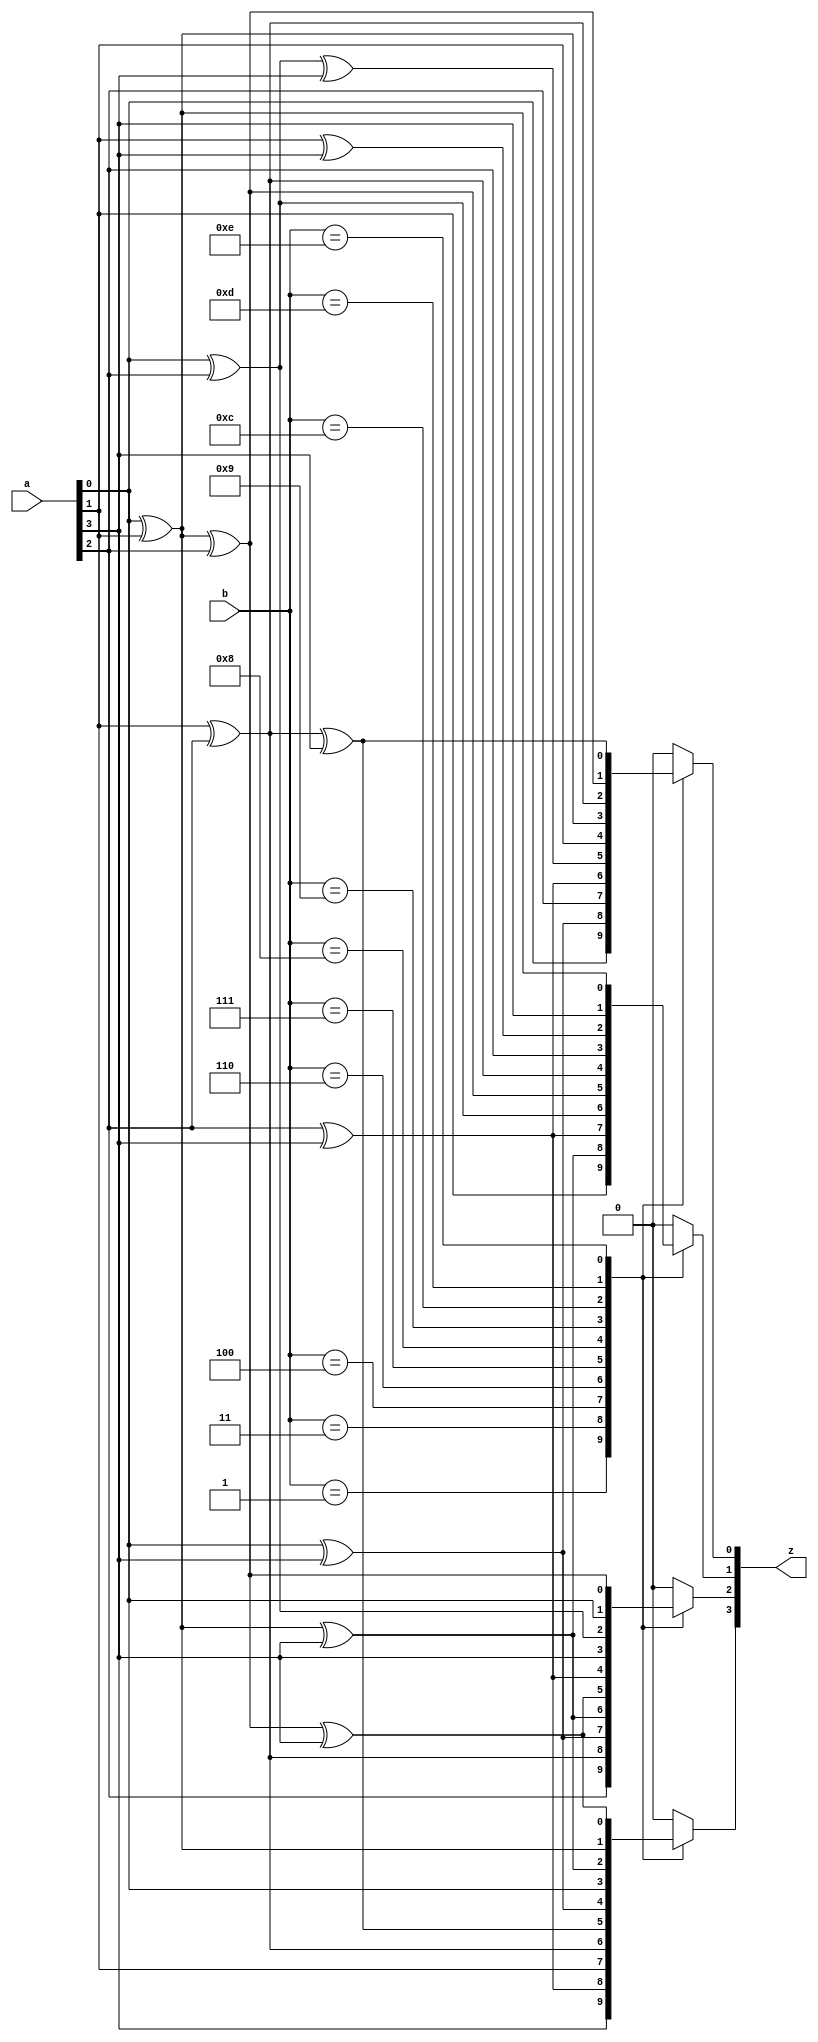
module gf16mul(
    input       [3:0] a,
    input       [3:0] b,
    output  reg [3:0] z
);
always @(*)
begin
    case (b)
        4'd1:
            begin
                z[0] = a[0];
                z[1] = a[1];
                z[2] = a[2];
                z[3] = a[3];
            end
        4'd3:
            begin
                z[0] = a[0] ^ a[3];
                z[1] = a[0] ^ a[1] ^ a[3];
                z[2] = a[1] ^ a[2];
                z[3] = a[2] ^ a[3];
            end
        4'd4:
            begin
                z[0] = a[2];
                z[1] = a[2] ^ a[3];
                z[2] = a[0] ^ a[3];
                z[3] = a[1];
            end
        4'd6:
            begin
                z[0] = a[2] ^ a[3];
                z[1] = a[0] ^ a[2];
                z[2] = a[0] ^ a[1] ^ a[3];
                z[3] = a[1] ^ a[2];
            end
        4'd7:
            begin
                z[0] = a[0] ^ a[2] ^ a[3];
                z[1] = a[0] ^ a[1] ^ a[2];
                z[2] = a[0] ^ a[1] ^ a[2] ^ a[3];
                z[3] = a[1] ^ a[2] ^ a[3];
            end
        4'd8:
            begin
                z[0] = a[1];
                z[1] = a[1] ^ a[2];
                z[2] = a[2] ^ a[3];
                z[3] = a[0] ^ a[3];
            end
        4'd9:
            begin
                z[0] = a[0] ^ a[1];
                z[1] = a[2];
                z[2] = a[3];
                z[3] = a[0];
            end
        4'd12:
            begin
                z[0] = a[1] ^ a[2];
                z[1] = a[1] ^ a[3];
                z[2] = a[0] ^ a[2];
                z[3] = a[0] ^ a[1] ^ a[3];
            end
        4'd13:
            begin
                z[0] = a[0] ^ a[1] ^ a[2];
                z[1] = a[3];
                z[2] = a[0];
                z[3] = a[0] ^ a[1];
            end
        4'd14:
            begin
                z[0] = a[1] ^ a[2] ^ a[3];
                z[1] = a[0] ^ a[1];
                z[2] = a[0] ^ a[1] ^ a[2];
                z[3] = a[0] ^ a[1] ^ a[2] ^ a[3];
            end
        default:
            begin
                z[0] = 0; 
                z[1] = 0; 
                z[2] = 0; 
                z[3] = 0; 
            end
    endcase
end
endmodule